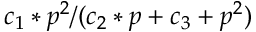
c _ { 1 } * p ^ { 2 } / ( c _ { 2 } * p + c _ { 3 } + p ^ { 2 } )